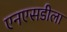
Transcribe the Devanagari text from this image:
एनएसडीला